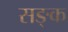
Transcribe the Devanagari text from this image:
सङ्क